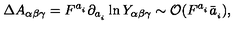
\Delta A _ { \alpha \beta \gamma } = F ^ { a _ { _ i } } \partial _ { a _ { _ i } } \ln Y _ { \alpha \beta \gamma } \sim { \cal O } ( F ^ { a _ { _ i } } \bar { a } _ { _ i } ) ,